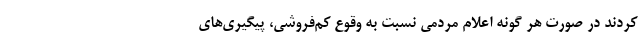
کردند در صورت هر گونه اعلام مردمی نسبت به وقوع کم‌فروشی، پیگیری‌های